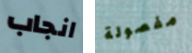
انجاب مفصولة